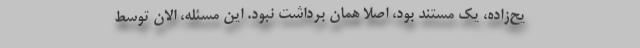
یح‌زاده، یک مستند بود، اصلاً همان برداشت نبود. این مسئله، الان توسط